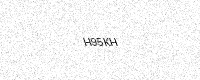
Text: H95KH